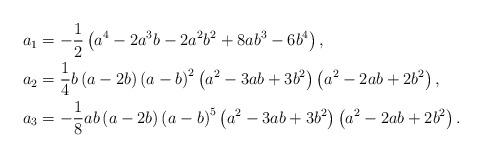
LaTeX: \begin{align*}a_{1} & =-\frac{1}{2}\left( a^{4}-2a^{3}b-2a^{2}b^{2}+8ab^{3}-6b^{4}\right) ,\\a_{2} & =\frac{1}{4}b\left( a-2b\right) \left( a-b\right) ^{2}\left(a^{2}-3ab+3b^{2}\right) \left( a^{2}-2ab+2b^{2}\right) ,\\a_{3} & =-\frac{1}{8}ab\left( a-2b\right) \left( a-b\right) ^{5}\left(a^{2}-3ab+3b^{2}\right) \left( a^{2}-2ab+2b^{2}\right) .\end{align*}